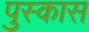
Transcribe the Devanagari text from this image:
पुस्कास